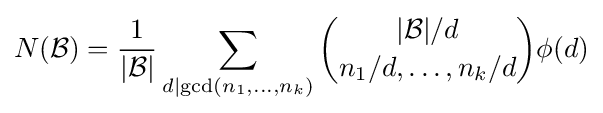
N({\mathcal {B}})={\frac {1}{|{\mathcal {B}}|}}\sum _{d|{\rm {gcd}}(n_{1},\ldots ,n_{k})}{|{\mathcal {B}}|/d \choose n_{1}/d,\ldots ,n_{k}/d}\phi (d)